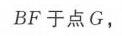
\(BF\)于点\(G\)，